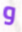
و